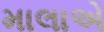
માલાએ